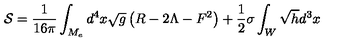
{ \cal S } = \frac { 1 } { 1 6 \pi } \int _ { M _ { e } } d ^ { 4 } x \sqrt { g } \left( R - 2 \Lambda - F ^ { 2 } \right) + \frac { 1 } { 2 } \sigma \int _ { W } \sqrt { h } d ^ { 3 } x